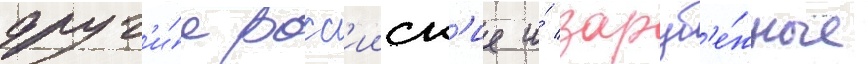
друг'и́е росс'ииск'ие и́ заруб'е́жные